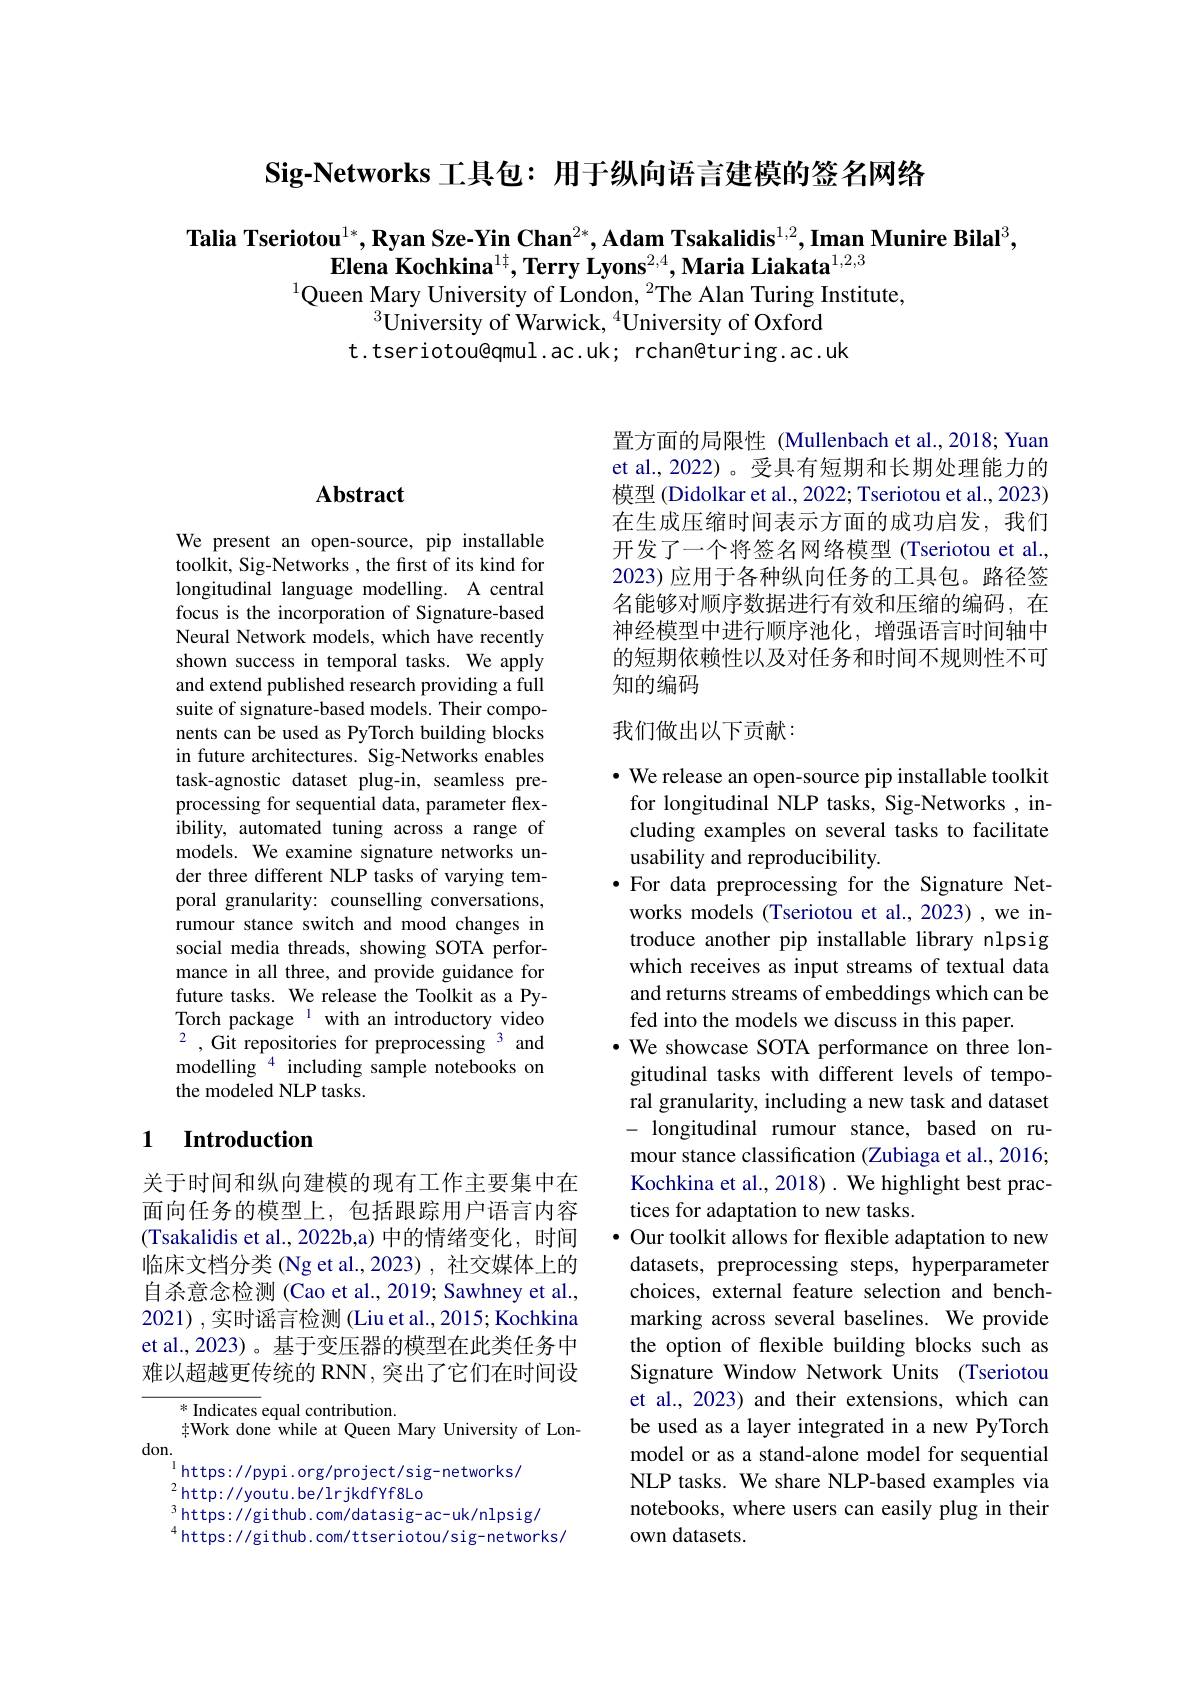
Sig-Networks 工具包：用于纵向语言建模的签名网络

Talia Tseriotou$^1*,\textbf{Ryan Sze-Yin Chan}^{2*},\textbf{Adam Tsakalidis}^{1,2},\textbf{Iman Munire Bilal}^3$,
$\textbf{Elena Kochkina}^{1\sharp},\textbf{Terry Lyons}^{2,4},\textbf{Maria Liakata}^{1,2,3}$
$^{1}$Queen Mary University of London, $^2$The Alan Turing Institute,
$^{3}$University of Warwick, $^{4}$University of Oxford
t.tseriotou@qmul.ac.uk; rchan@turing.ac.uk

### $\mathbf{Abstract}$

We present an open-source, pip installable toolkit, Sig-Networks, the first of its kind for longitudinal language modelling. A central focus is the incorporation of Signature-based Neural Network models, which have recently shown success in temporal tasks. We apply and extend published research providing a full suite of signature-based models. Their components can be used as PyTorch building blocks in future architectures. Sig-Networks enables task-agnostic dataset plug-in, seamless preprocessing for sequential data, parameter flexibility, automated tuning across a range of models. We examine signature networks under three different NLP tasks of varying temporal granularity: counselling conversations, rumour stance switch and mood changes in social media threads, showing SOTA performance in all three, and provide guidance for future tasks. We release the Toolkit as a PyTorch package $^{1}$ with an introductory video $^{2}$,Git repositories for preprocessing$^{3}$and modelling $^{4}$ including sample notebooks on the modeled NLP tasks.

## 1 $\textbf{Introduction}$

关于时间和纵向建模的现有工作主要集中在面向任务的模型上，包括跟踪用户语言内容(Tsakalidis et al., 2022b,a) 中的情绪变化，时间临床文档分类(Ng et al.,2023), 社交媒体上的自杀意念检测 (Cao et al., 2019; Sawhney et al., 2021),实时谣言检测 (Liu et al., 2015; Kochkina et al.,2023)。基于变压器的模型在此类任务中难以超越更传统的 RNN, 突出了它们在时间设

$^*$ Indicates equal contribution.
$\ddagger$Work done while at Queen Mary University of Lon-
don.
$^{1}$https: / / pypi. org/ project/ sig- networks/
$^{2}$http://youtu.be/lrjkdfYf8Lo
$^{3}$https://github.com/datasig-ac-uk/nlpsig/
$^{4}$https://github.com/ttseriotou/sig-networks/

置方面的局限性 (Mullenbach et al.,2018; Yuan et al., 2022)。受具有短期和长期处理能力的模型 (Didolkar et al., 2022; Tseriotou et al., 2023) 在生成压缩时间表示方面的成功启发，我们开发了一个将签名网络模型 (Tseriotou et al., 2023) 应用于各种纵向任务的工具包。路径签名能够对顺序数据进行有效和压缩的编码，在神经模型中进行顺序池化，增强语言时间轴中的短期依赖性以及对任务和时间不规则性不可知的编码

## 我们做出以下贡献：

$\cdot$ We release an open-source pip installable toolkit for longitudinal NLP tasks, Sig-Networks, including examples on several tasks to facilitate usability and reproducibility
·For data preprocessing for the Signature Net-
works models (Tseriotou et al., 2023) , we introduce another pip installable library nlpsig which receives as input streams of textual data and returns streams of embeddings which can be fed into the models we discuss in this paper.
·We showcase SOTA performance on three longitudinal tasks with different levels of temporal granularity, including a new task and dataset - longitudinal rumour stance, based on rumour stance classification (Zubiaga et al., 2016; Kochkina et al., 2018). We highlight best practices for adaptation to new tasks.
· Our toolkit allows for flexible adaptation to new datasets, preprocessing steps, hyperparameter choices, external feature selection and benchmarking across several baselines. We provide the option of flexible building blocks such as Signature Window Network Units (Tseriotou et al., 2023) and their extensions, which can be used as a layer integrated in a new PyTorch model or as a stand-alone model for sequential NLP tasks. We share NLP-based examples via notebooks, where users can easily plug in their own datasets.